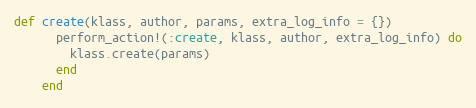
Language: Ruby
def create(klass, author, params, extra_log_info = {})
      perform_action!(:create, klass, author, extra_log_info) do
        klass.create(params)
      end
    end